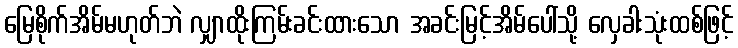
မြေစိုက်အိမ်မဟုတ်ဘဲ လျှာထိုးကြမ်းခင်းထားသော အခင်းမြင့်အိမ်ပေါ်သို့ လှေခါးသုံးထစ်ဖြင့်